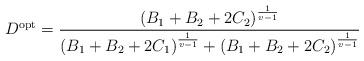
LaTeX: \begin{align*}{D^{{\rm{opt}}}} = \frac{{{{\left( {{B_1} + {B_2} + 2{C_2}} \right)}^{\frac{1}{{v - 1}}}}}}{{{{\left( {{B_1} + {B_2} + 2{C_1}} \right)}^{\frac{1}{{v - 1}}}} + {{\left( {{B_1} + {B_2} + 2{C_2}} \right)}^{\frac{1}{{v - 1}}}}}}\end{align*}